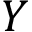
Y